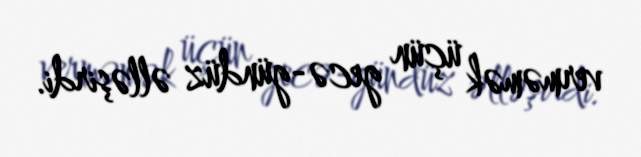
verməmək üçün gecə-gündüz əlləşirdi.